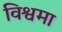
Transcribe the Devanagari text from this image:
विश्वमा